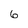
Character: 6